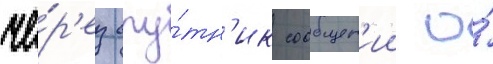
че́р'ез спу́тн'ик сообщен'ии о́